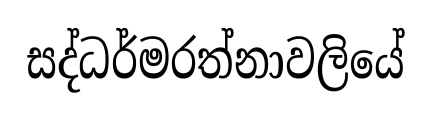
සද්ධර්මරත්නාවලියේ